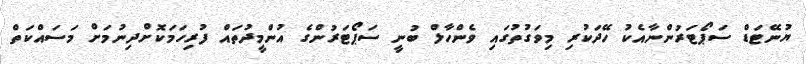
ޔުނޭޓަޑް ސަޕޯޓަރުންނާއެކު ހޭދަކުރި މިވަގުތުގައި ވެންހާލް ބުނީ ސަޕޯޓަރުންގެ އުންމީދުތައް ފުރިހަމަކޮށްދިނުމަށް މަސައްކަތް